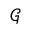
\mathcal { G }